Annual statistical returns and brief notes on vaccination in Bengal - 1887-1898
Year: 1887
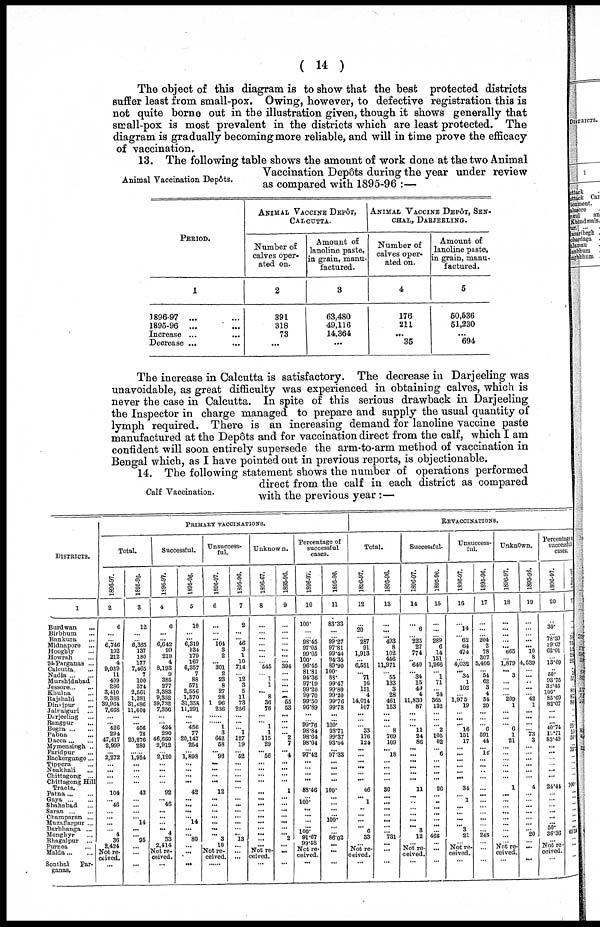
( 14 )
The object of this diagram is to show that the best protected districts
suffer least from small-pox. Owing, however, to defective registration this is
not quite borne out in the illustration given, though it shows generally that
small-pox is most prevalent in the districts which are least protected. The
diagram is gradually becoming more reliable, and will in time prove the efficacy
of vaccination.
Animal Vaccination Depôts.
13. The following table shows the amount of work done at the two Animal
Vaccination Depôts during the year under review
as compared with 1895-96 :—
PERIOD.
1
1896-97 ... ...
1895-96 ...
...
Increase ...
...
Decrease ...
ANIMAL VACCINE DEPÔT,
CALCUTTA.
Number of
calves oper-
ated on.
2
391
318
73
...
Amount of
lanoline paste,
in grain, manu-
factured.
3
63,480
49,116
14,364
...
ANIMAL VACCINE DEPÔT, SEN¬
CHAL, DARJEELING.
Number of
calves oper-
ated on.
4
176
211
...
35
Amount of
lanoline paste,
in grain, manu-
factured.
5
50,536
51,230
...
694
The increase in Calcutta is satisfactory. The decrease in Darjeeling was
unavoidable, as great difficulty was experienced in obtaining calves, which is
never the case in Calcutta. In spite of this serious drawback in Darjeeling
the Inspector in charge managed to prepare and supply the usual quantity of
lymph required. There is an increasing demand for lanoline vaccine paste
manufactured at the Depôts and for vaccination direct from the calf, which I am
confident will soon entirely supersede the arm-to-arm method of vaccination in
Bengal which, as I have pointed out in previous reports, is objectionable.
Calf Vaccination.
14. The following statement shows the number of operations performed
direct from the calf in each district as compared
with the previous year :—
DISTRICTS.
1
Burdwan ...
Birbhum ...
Bankura
...
Midnapore ...
Hooghly ...
Howrah ...
24-Parganas ...
Calcutta ...
Nadia ... ...
Murshidabad
Jessore ... ...
Khulna ...
Rajshahi ...
Dinajpur
...
Jalpaiguri ...
Darjeeling ...
Bangpur ...
Bogra ... ...
Pabna ...
Dacca ... ...
Mymensingh ...
Faridpur ...
Backergunge ...
Tippera ...
Noakhali ...
Chittagong ...
Chittagong Hill
Tracts.
Patna ... ...
Gaya
...
...
Shahabad ...
Saran
...
...
Champaran ...
Muzaffarpur ...
Darbhanga ...
Monghyr ...
Bhagalpur ...
Purnea ...
Malda ... ...
Sonthal
Par¬
ganas.
PRIMARY VACCINATIONS.
Total.
1896-97.
2
6
...
... 6,746
102
212
4
9,039
11
409
286
3,410
9,388
39,964
7,668
...
... 426
294
47,417
2,999
... 2,272
...
...
...
...
104
... 46
... ...
... ...
4
36
2,424
Not re-
ceived.
...
1895-96.
3
12
...
... 6,365
137
180
177
7,465
7
100
574
2,561
1,381
31,486
11,600
...
... 456
78
20,276
280
... 1,954
...
...
...
...
43
...
...
... ... 14
...
... 95
... ...
...
Successful.
1896-97.
4
6
...
... 6,642
99
210
4
8,193
9
385
277
3,383
9,352
39,782
7,356
...
... 424
290
46,660
2,912
... 2,120
...
...
...
...
92
... 46
...
...
...
... 4
33
2,414
Not re¬
ceived.
...
1895-96.
5
10
...
...
6,319
134
179
167
6,357
7
88
571
2,556
1,370
31,358
11,291
...
... 456
77
20,147
254
... 1,898
...
...
...
...
42
...
...
...
... 14
...
... 80
...
...
...
Unsuccess-
ful.
1896-97.
6
...
...
... 104
3
2
... 301
2
23
8
27
28
1 96
236
...
... 1
3
642
58
... 96
...
...
...
...
12
...
...
...
...
...
...
... 3 10
Not re-
ceived.
......
1895-96.
7
2
...
... 46
3
1
10
714
... 12
3
5
11
73
256
...
...
... 1
127
19
... 52
...
...
...
...
...
...
...
...
...
...
...
... 13
...
...
...
Unknown.
1896-67.
8
...
...
...
...
... ...
... 545
... 1
1
... 8
36
76
...
... 1
1
115
29
... 56
...
...
...
...
...
...
...
...
...
...
...
...
...
... Not re-
------.
...
1895-96.
9
...
...
...
...
...
...
...
394
...
...
...
...
... 55
53
...
...
...
... 2
7
... 4
...
...
...
...
1
...
...
...
...
...
...
... 2
... ...
...
Percentage of
successful
cases.
1896-97.
10
100.
...
... 98.45
97.05
99.05
100.
96.45
81.81
94.36
97.19
99.20
99.70
99.50
96.89
...
... 99.76
98.84
98.64
98.04
... 97.42
...
...
...
...
88.46
...
100.
...
...
...
...
100.
91.67
99.58
Not re-
ceived.
...
1895-96.
11
83.33
...
... 99.27
97.81
99.44
94.35
89.90
100.
88.
99.47
99.80
99.20
99.76
99.78
...
...
100.
98.71
99.37
93.04
... 97.33
...
...
...
...
100.
...
...
...
...
100.
...
... 86.02
... ...
...
REVACCINATIONS.
Total.
1896-97.
12
...
20
... 287
91
1,913
... 6,551
... 71
16
151
4
14,014
107
...
...
... 33
176
124
... ...
...
...
...
...
46
... 1
...
...
...
... 6
33
... Not re-
ceived.
...
1895-96.
13
...
...
... 493
8
102
446
11,971
... 55
133
3
28
461
153
...
...
... 8
769
109
... 18
...
...
...
...
30
...
...
...
...
...
...
... 731
... ...
...
Successful.
1896-97.
14
...
6
... 225
27
774
...
640
... 34
15
49
4
11,830
87
...
...
... 11
24
86
... ...
...
...
...
...
11
...
...
... ...
...
... 3
12
... Not re-
ceived.
...
1895-96.
15
...
...
... 289
6
14
131
1,966
... 1
71
... 24
365
132
...
...
... 2
105
62
... 6
...
...
...
...
26
...
...
...
...
...
...
... 466
...
...
...
Unsuccess-
ful.
1896-97.
16
...
14
... 62
64
474
... 4,032
... 34
1
102
... 1,975
19
...
...
... 16
151
17
... ...
...
...
...
...
34
... 1
...
...
...
... 3
21
... Not re-
ceived.
...
1895-96.
17
...
...
... 204
2
78
307
5,466
... 54
62
3
4
54
20
...
...
... 6
591
44
... 12
...
...
...
...
...
...
...
...
...
...
...
... 245
... ...
...
Unknown.
1896-97.
18
...
...
...
...
... 665
... 1,879
... 3
...
...
... 209
1
...
...
... 6
1
21
... ...
...
...
...
...
1
...
...
...
...
...
...
...
...
... Not re-
ceived.
...
1895-96.
19
...
...
...
...
... 10
8
4,539
...
...
...
...
... 42
1
...
...
...
... 73
3
... ...
...
...
...
...
4
...
...
...
...
...
...
... 20
... ...
...
Percentages
successful
cases.
1896-97.
20
...
30.
... 78.39
29.07
62.01
... 13.69
... 50.
93.75
32.45
100.
85.69
82.07
...
...
...
40.74
15.71
83.49
... ...
...
... ...
...
24.44
... ...
... ...
...
...
50.
36.36
...
Not re-
ceived.
...
1898-99
21
...
...
... 55
75 15
... 26
...
52 ...
...
...
86
...
...
...
25
15
58.
... ...
...
...
...
...
100.
...
...
...
...
...
...
...
65.54
...
...